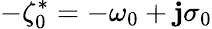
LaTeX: -\zeta_{0}^{*}=-\omega_{0}+\mathbf{j}\sigma_{0}